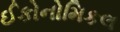
ઈકોનોમિકલ